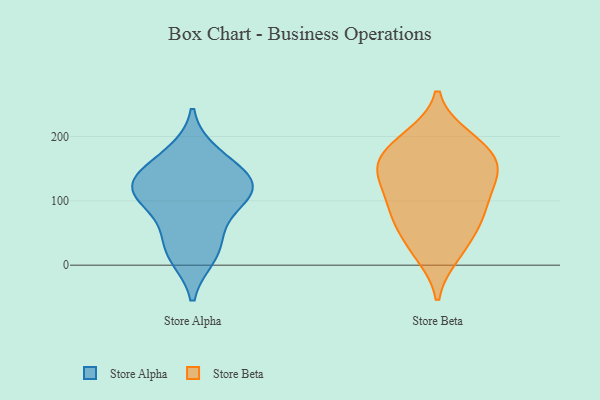
{"axis": {"x": "Conversion Rate (%)", "y": "Value"}, "legend": ["Store Alpha", "Store Beta"], "data": [{"x": "", "y": 152, "type": "Store Alpha"}, {"x": "", "y": 105, "type": "Store Alpha"}, {"x": "", "y": 173, "type": "Store Alpha"}, {"x": "", "y": 120, "type": "Store Alpha"}, {"x": "", "y": 15, "type": "Store Alpha"}, {"x": "", "y": 130, "type": "Store Alpha"}, {"x": "", "y": 59, "type": "Store Alpha"}, {"x": "", "y": 119, "type": "Store Alpha"}, {"x": "", "y": 24, "type": "Store Alpha"}, {"x": "", "y": 111, "type": "Store Alpha"}, {"x": "", "y": 142, "type": "Store Beta"}, {"x": "", "y": 62, "type": "Store Beta"}, {"x": "", "y": 61, "type": "Store Beta"}, {"x": "", "y": 195, "type": "Store Beta"}, {"x": "", "y": 23, "type": "Store Beta"}, {"x": "", "y": 96, "type": "Store Beta"}, {"x": "", "y": 95, "type": "Store Beta"}, {"x": "", "y": 199, "type": "Store Beta"}, {"x": "", "y": 184, "type": "Store Beta"}, {"x": "", "y": 153, "type": "Store Beta"}, {"x": "", "y": 17, "type": "Store Beta"}, {"x": "", "y": 125, "type": "Store Beta"}, {"x": "", "y": 81, "type": "Store Beta"}, {"x": "", "y": 145, "type": "Store Beta"}, {"x": "", "y": 166, "type": "Store Beta"}, {"x": "", "y": 152, "type": "Store Beta"}]}